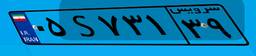
۶۰S۷۶۱۴۳